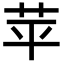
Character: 苹